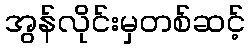
အွန်လိုင်းမှတစ်ဆင့်